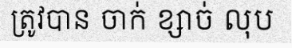
ត្រូវបាន ចាក់ ខ្សាច់ លុប